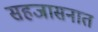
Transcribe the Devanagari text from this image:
सहजासनात